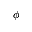
\phi